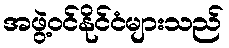
အဖွဲ့ဝင်နိုင်ငံများသည်